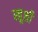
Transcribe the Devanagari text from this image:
खूशी